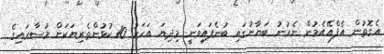
އެގޮތުން އެފްއޭއެމުން ނެރުނު ބަޔާނުގައި ބުނެފައިވަނީ މިދިޔަ އަހަރު 10 ކުޅުންތެރިޔަކަށް މުސާރައިގެ